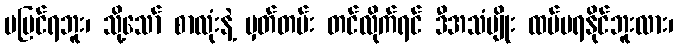
မမြင်ရဘူး၊ သို့သော် စာလုံးနဲ့ မှတ်တမ်း တင်လိုက်ရင် ဒီအသံမျိုး ထပ်မရနိုင်ဘူးလား၊